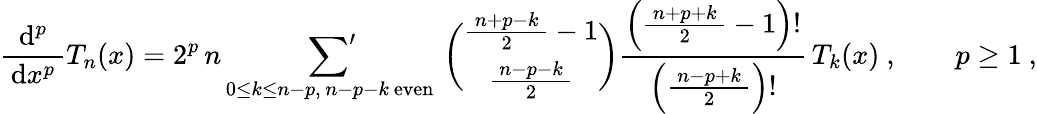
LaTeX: {\frac{\mathrm{d}^{p}}{\, \mathrm{d}x^{p}\, }}T_{n}(x)=2^{p}\, n\mathop{{\sum}^{\prime}}_{0\leq k\leq n-p,\, n-p-k{\mathrm{~even~}}}{\binom{{\frac{\, n+p-k\, }{2}}-1}{\frac{\, n-p-k\, }{2}}}{\frac{\left({\frac{\, n+p+k\, }{2}}-1\right)!}{\, \left({\frac{\, n-p+k\, }{2}}\right)!\, }}\, T_{k}(x)~,\qquad p\geq 1~,